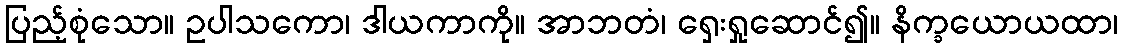
ပြည့်စုံသော။ ဥပါသကော၊ ဒါယကာကို။ အာဘတံ၊ ရှေးရှုဆောင်၍။ နိက္ခယောယထာ၊